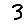
Digit: 3